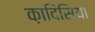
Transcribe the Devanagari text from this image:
क़ादिसिया